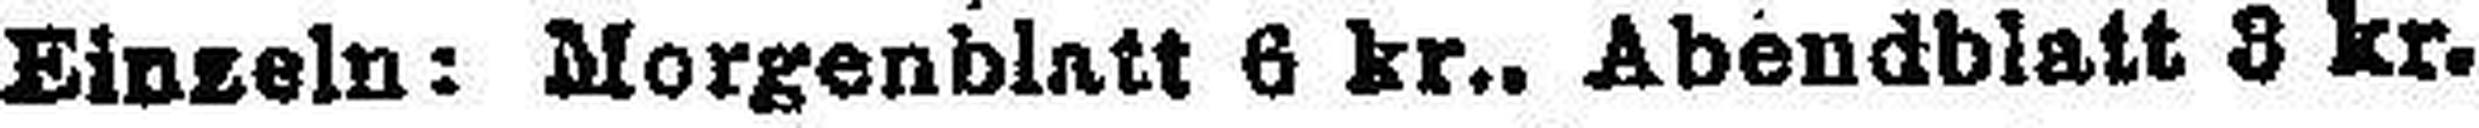
Einzeln: Morgenblatt 6 kr., Abendblatt 8 kr.